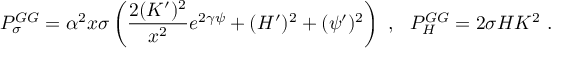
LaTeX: P _ { \sigma } ^ { G G } = \alpha ^ { 2 } x \sigma \left( \frac { 2 ( K ^ { \prime } ) ^ { 2 } } { x ^ { 2 } } e ^ { 2 \gamma \psi } + ( H ^ { \prime } ) ^ { 2 } + ( \psi ^ { \prime } ) ^ { 2 } \right) \ , \ \ P _ { H } ^ { G G } = 2 \sigma H K ^ { 2 } \ .